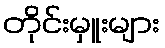
တိုင်းမှူးများ